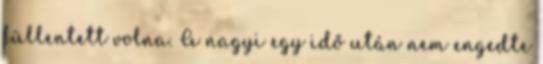
füllentett volna. A nagyi egy idő után nem engedte